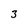
Character: 3